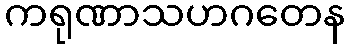
ကရုဏာသဟဂတေန